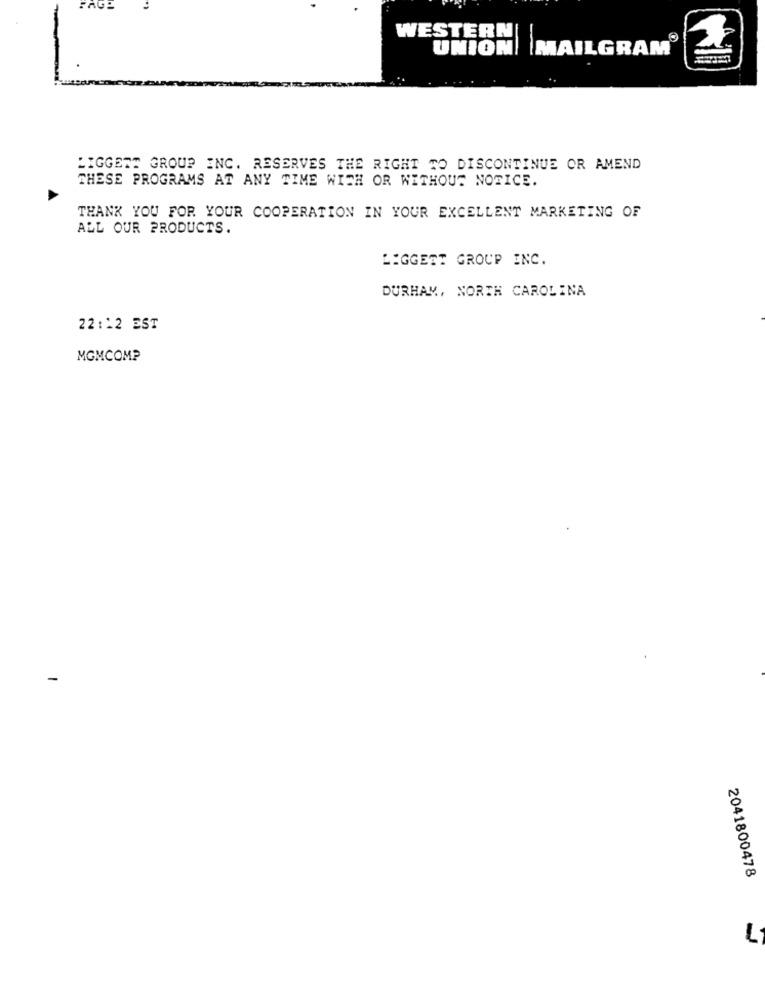
WESTERN
UNION| |MAILGRAM
LIGGETT GROUP INC. RESERVES THE RIGHT TO DISCONTINUE OR AMEND
THESE PROGRAMS AT ANY TIME WITH OR WITHOUT NOTICE.
THANK YOU FOR YOUR COOPERATION IN YOUR EXCELLENT MARKETING OF
ALL OUR PRODUCTS.
LIGGEET GROUP INC.
DURHAM, NORTH CAROLINA
22:12 EST
MGMCOMP
2041800478
L